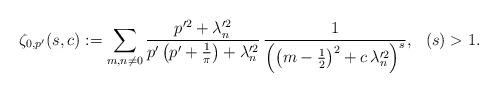
LaTeX: \begin{align*}\zeta_{0,p^{\prime}}(s,c):=\sum_{m,n\neq0}\frac{p^{\prime2}+\lambda_{n}^{\prime2}}{p^{\prime}\left(p^{\prime}+\frac{1}{\pi}\right)+\lambda_{n}^{\prime2}}\,\frac{1}{\left(\left(m-\frac{1}{2}\right)^{2}+c\,\lambda_{n}^{\prime2}\right)^{s}},\,\,\,\,(s)>1.\end{align*}